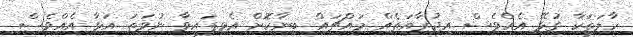
ހާލަތަކާ ގުޅޭ އެއްވެސް އިޖުރާއަތެއް މައްޗައް ބިނާކޮށް އެޅިފައިވާ ނުވަތަ އަޅާ އެއްވެސް